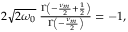
\begin{array} { r } { 2 \sqrt { 2 \omega _ { 0 } } \; \frac { \Gamma \left( - \frac { \nu _ { m } } { 2 } + \frac { 1 } { 2 } \right) } { \Gamma \left( - \frac { \nu _ { m } } { 2 } \right) } = - 1 , } \end{array}